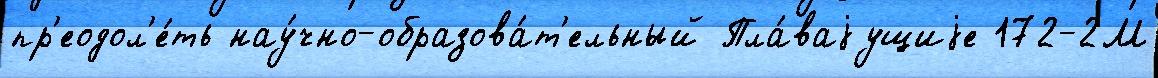
пр'еодол'е́ть нау́чно-образова́т'ельный Пла́ваjущиjе 172-2М